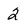
Character: 2